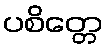
ပစိတ္တေ